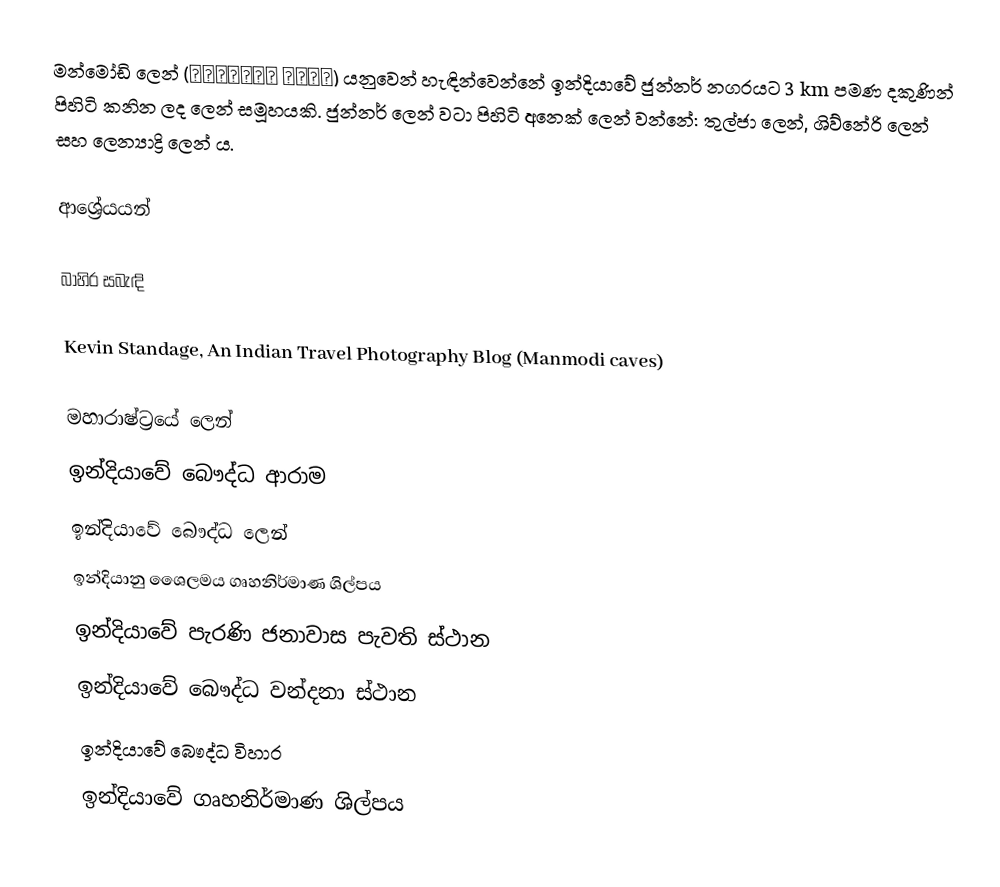
මන්මෝඩි ලෙන් (मानमोडी लेणी) ‍යනුවෙන් හැඳින්වෙන්නේ ඉන්දියාවේ ජුන්නර් නගරයට 3 km පමණ දකුණින් පිහිටි කනින ලද ලෙන් සමූහයකි. ජුන්නර් ලෙන් වටා පිහිටි අනෙක් ලෙන් වන්නේ: තුල්ජා ලෙන්, ශිව්නේරි ලෙන් සහ ලෙන්‍යාද්‍රි ලෙන් ය.

ආශ්‍රේයයන්

බාහිර සබැඳි

 Kevin Standage, An Indian Travel Photography Blog (Manmodi caves)

මහාරාෂ්ට්‍රයේ ලෙන්
ඉන්දියාවේ බෞද්ධ ආරාම
ඉන්දියාවේ බෞද්ධ ලෙන්
ඉන්දියානු ශෛලමය ගෘහනිර්මාණ ශිල්පය
ඉන්දියාවේ පැරණි ජනාවාස පැවති ස්ථාන
ඉන්දියාවේ බෞද්ධ වන්දනා ස්ථාන
ඉන්දියාවේ බෞද්ධ විහාර
ඉන්දියාවේ ගෘහනිර්මාණ ශිල්පය